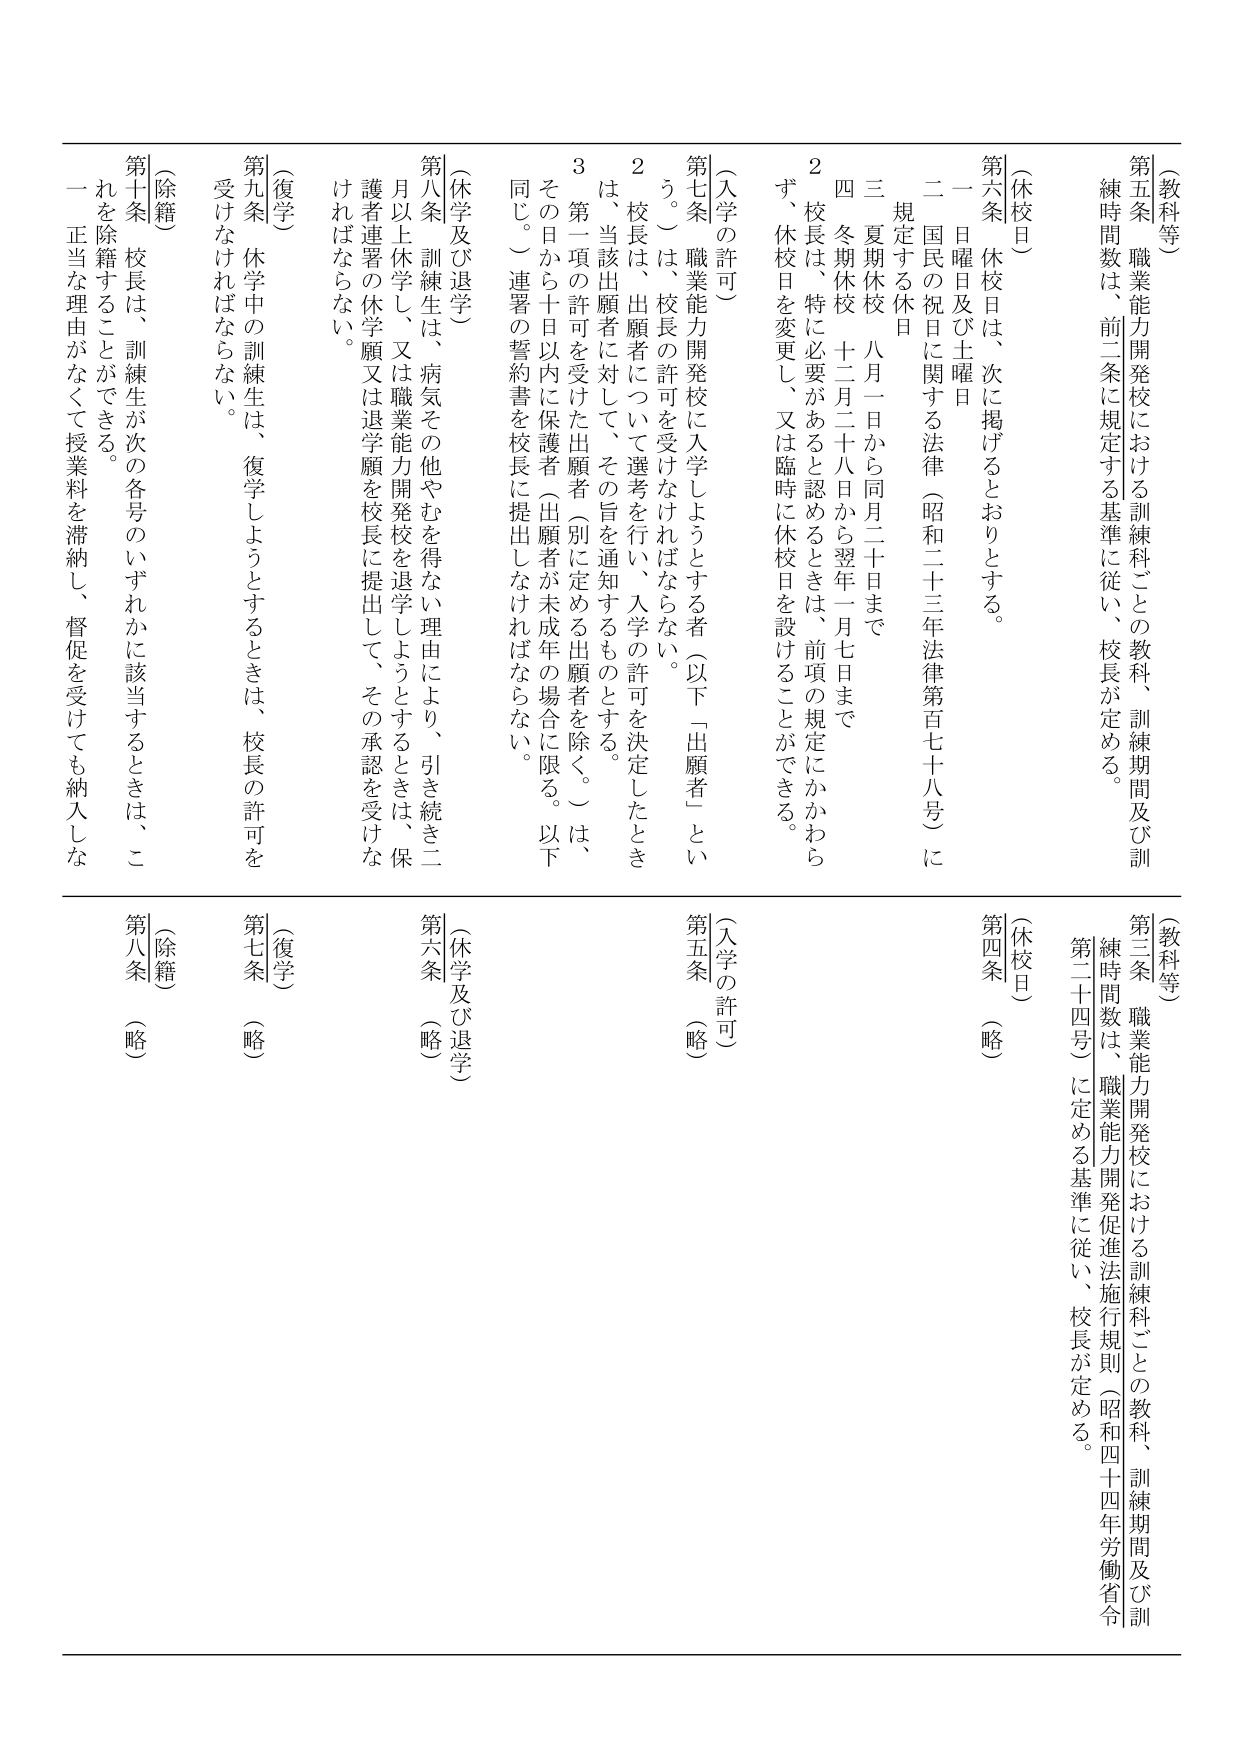
（教科等）
第五条 職業能力開発校における訓練科ごとの教科、訓練期間及び訓練時間数は、前二条に規定する基準に従い、校長が定める。

（休校日）
第六条 休校日は、次に掲げるとおりとする。
一 日曜日及び土曜日
二 国民の祝日に関する法律（昭和二十三年法律第百七十八号）に規定する休日
三 夏期休校 八月一日から同月二十日まで
四 冬期休校 十二月二十八日から翌年一月七日まで
２ 校長は、特に必要があると認めるときは、前項の規定にかかわらず、休校日を変更し、又は臨時に休校日を設けることができる。

（入学の許可）
第七条 職業能力開発校に入学しようとする者（以下「出願者」という。）は、校長の許可を受けなければならない。
２ 校長は、出願者について選考を行い、入学の許可を決定したときは、当該出願者に対して、その旨を通知するものとする。
３ 第一項の許可を受けた出願者（別に定める出願者を除く。）は、その日から十日以内に保護者（出願者が未成年の場合に限る。以下同じ。）連署の誓約書を校長に提出しなければならない。

（休学及び退学）
第八条 訓練生は、病気その他やむを得ない理由により、引き続き二月以上休学し、又は職業能力開発校を退学しようとするときは、保護者連署の休学願又は退学願を校長に提出して、その承認を受けなければならない。

（復学）
第九条 休学中の訓練生は、復学しようとするときは、校長の許可を受けなければならない。

（除籍）
第十条 校長は、訓練生が次の各号のいずれかに該当するときは、これを除籍することができる。
一 正当な理由がなくて授業料を滞納し、督促を受けても納入しな

（教科等）
第三条 職業能力開発校における訓練科ごとの教科、訓練期間及び訓練時間数は、職業能力開発促進法施行規則（昭和四十四年労働省令第二十四号）に定める基準に従い、校長が定める。

（休校日）
第四条 （略）

（入学の許可）
第五条 （略）

（休学及び退学）
第六条 （略）

（復学）
第七条 （略）

（除籍）
第八条 （略）